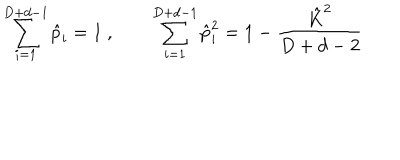
LaTeX: \sum _ { i = 1 } ^ { D + d - 1 } \hat { p } _ { i } = 1 \ , \qquad \sum _ { i = 1 } ^ { D + d - 1 } \hat { p } _ { i } ^ { 2 } = 1 - \frac { \hat { K } ^ { 2 } } { D + d - 2 }